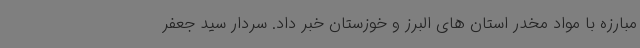
مبارزه با مواد مخدر استان های البرز و خوزستان خبر داد. سردار سید جعفر